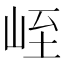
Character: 峌